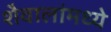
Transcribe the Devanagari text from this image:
शैवालांमध्ये